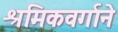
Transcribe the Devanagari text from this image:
श्रमिकवर्गाने